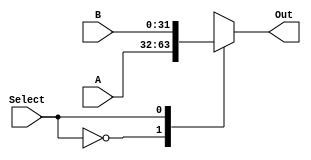
`timescale 1ns / 1ps

module Mux32bit2to1(
// Inputs (0, 1)
A, B, 

// Output
Out, 

// Control Signal
Select
);

input [31:0] A, B;
input Select;
output reg [31:0] Out;

always@(*) begin 
    case(Select)
    0: Out <= A; 
    1: Out <= B;
    endcase
end
endmodule